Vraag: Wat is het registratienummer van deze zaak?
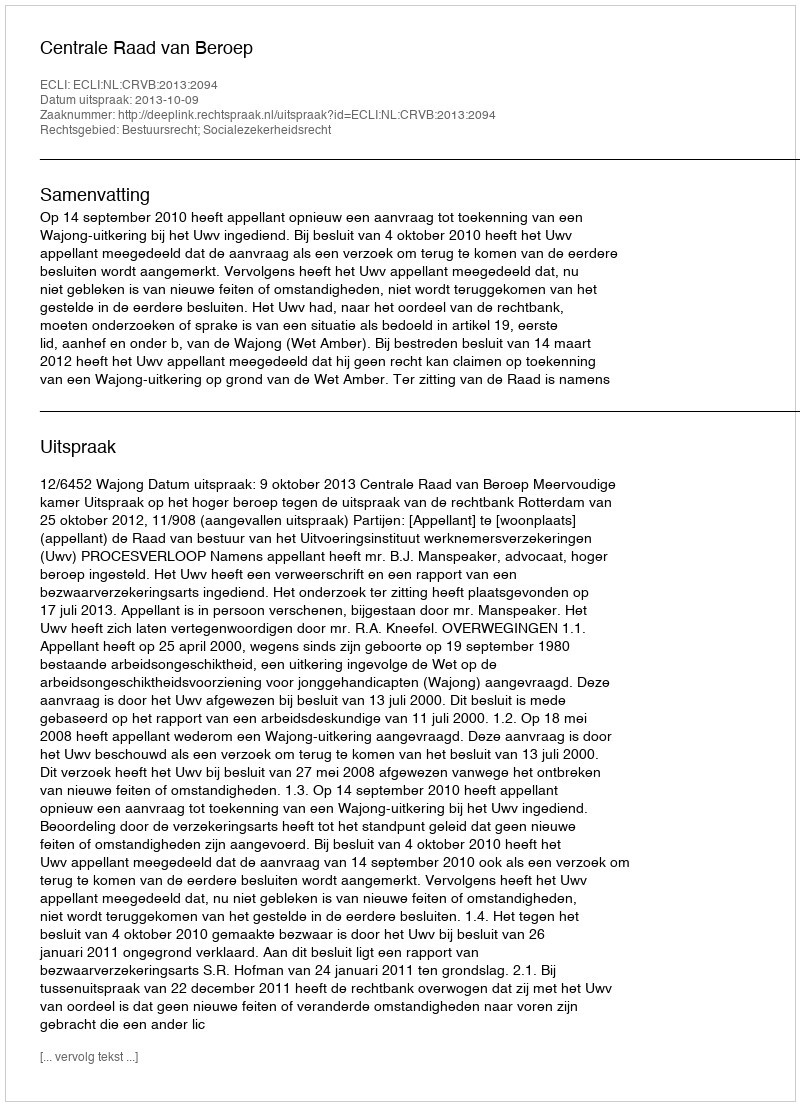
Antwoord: http://deeplink.rechtspraak.nl/uitspraak?id=ECLI:NL:CRVB:2013:2094